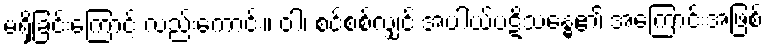
မရှိခြင်းကြောင့် လည်းကောင်း။ ဝါ၊ စင်စစ်လျှင် အပါယ်ပဋိသန္ဓေ၏ အကြောင်းအဖြစ်